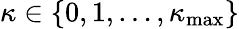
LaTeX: \kappa\in\{ 0,1,\ldots,\kappa_{\mathrm{max}}\}